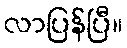
လာပြန်ပြီ။